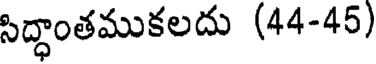
సిద్ధాంతముకలదు (44-45)